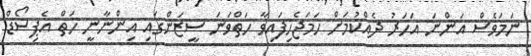
ނަމަވެސް އަންނަ އަހަރު ދެއްކުމަށް ހަަމަޖެހިފައިވާ ހަތްވަނަ ސީޒަންގައި އިންނާނީ ހަތް އެޕިސޯޑް